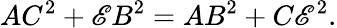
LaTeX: AC^{2}+\mathscr{E}B^{2}=AB^{2}+C\mathscr{E}^{2}.